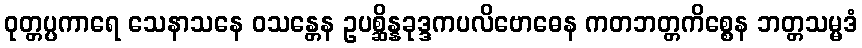
ဝုတ္တပ္ပကာရေ သေနာသနေ ဝသန္တေန ဥပစ္ဆိန္နခုဒ္ဒကပလိဗောဓေန ကတဘတ္တကိစ္စေန ဘတ္တသမ္မဒံ